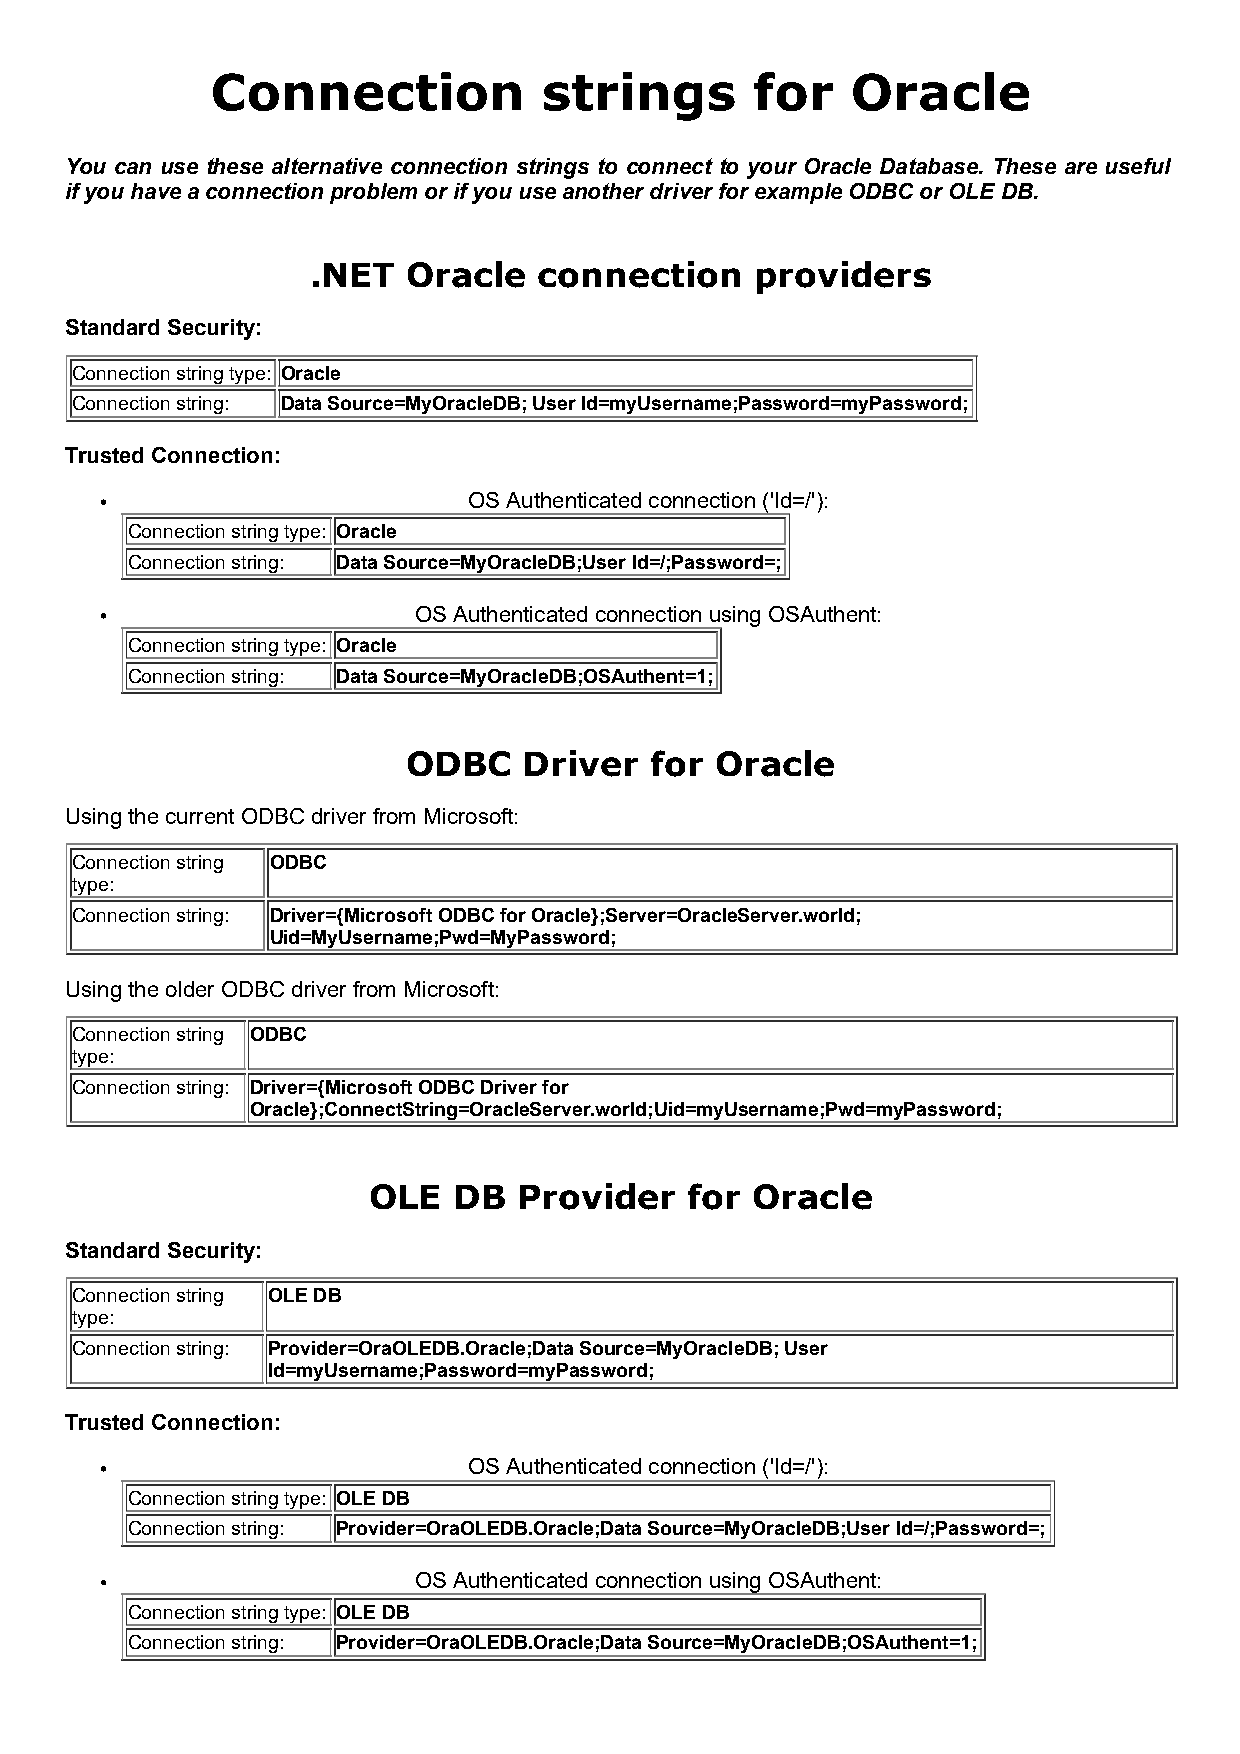
Connection            strings       for   Oracle
 You can use these alternative connection strings to connect to your Oracle Database. These are useful
 if you have a connection problem or if you use another driver for example ODBC or OLE DB.
 .NET   Oracle   connection    providers
 Standard Security:
 Connection string type: Oracle
 Connection string: Data Source=MyOracleDB; User Id=myUsername;Password=myPassword;
 Trusted Connection:
 OS Authenticated connection ('Id=/'):
 Connection string type: Oracle
 Connection string: Data Source=MyOracleDB;User Id=/;Password=;
 OS Authenticated connection using OSAuthent:
 Connection string type: Oracle
 Connection string: Data Source=MyOracleDB;OSAuthent=1;
 ODBC    Driver  for Oracle
 Using the current ODBC driver from Microsoft:
 Connection string ODBC
 type:
 Connection string: Driver={Microsoft ODBC for Oracle};Server=OracleServer.world;
 Uid=MyUsername;Pwd=MyPassword;
 Using the older ODBC driver from Microsoft:
 Connection string ODBC
 type:
 Connection string: Driver={Microsoft ODBC Driver for
 Oracle};ConnectString=OracleServer.world;Uid=myUsername;Pwd=myPassword;
 OLE   DB  Provider    for Oracle
 Standard Security:
 Connection string OLE DB
 type:
 Connection string: Provider=OraOLEDB.Oracle;Data Source=MyOracleDB; User
 Id=myUsername;Password=myPassword;
 Trusted Connection:
 OS Authenticated connection ('Id=/'):
 Connection string type: OLE DB
 Connection string: Provider=OraOLEDB.Oracle;Data Source=MyOracleDB;User Id=/;Password=;
 OS Authenticated connection using OSAuthent:
 Connection string type: OLE DB
 Connection string: Provider=OraOLEDB.Oracle;Data Source=MyOracleDB;OSAuthent=1;